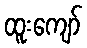
ထူးကျော်